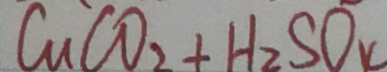
C u C O _ { 2 } + H _ { 2 } S O _ { 4 }